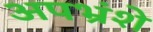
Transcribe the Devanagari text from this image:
अपभ्रंशे